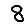
Digit: 8